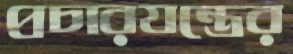
প্রচারযন্ত্রের